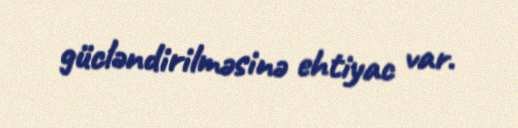
gücləndirilməsinə ehtiyac var.